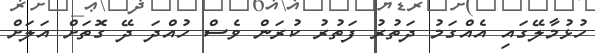
ހުޅުމާލޭގައި އެއްގަމު ދަތުރު ފަތުރު ކުރަން ވެސް ހުއްދަ ދޭ ގޮަތަށް އަލަށް